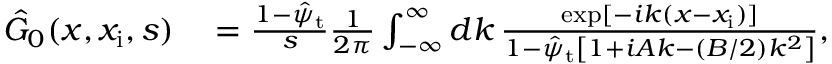
\begin{array} { r l } { \hat { G } _ { 0 } ( x , x _ { \mathrm { i } } , s ) } & { { } = \frac { 1 - \hat { \psi } _ { \mathrm { t } } } { s } \frac { 1 } { 2 \pi } \int _ { - \infty } ^ { \infty } d k \, \frac { \exp [ - i k ( x - x _ { \mathrm { i } } ) ] } { 1 - \hat { \psi } _ { \mathrm { t } } \left[ 1 + i A k - ( B / 2 ) k ^ { 2 } \right] } , } \end{array}